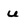
Character: u